Vaccination in the Punjab 1919-1929 - 1919-1929
Year: 1919
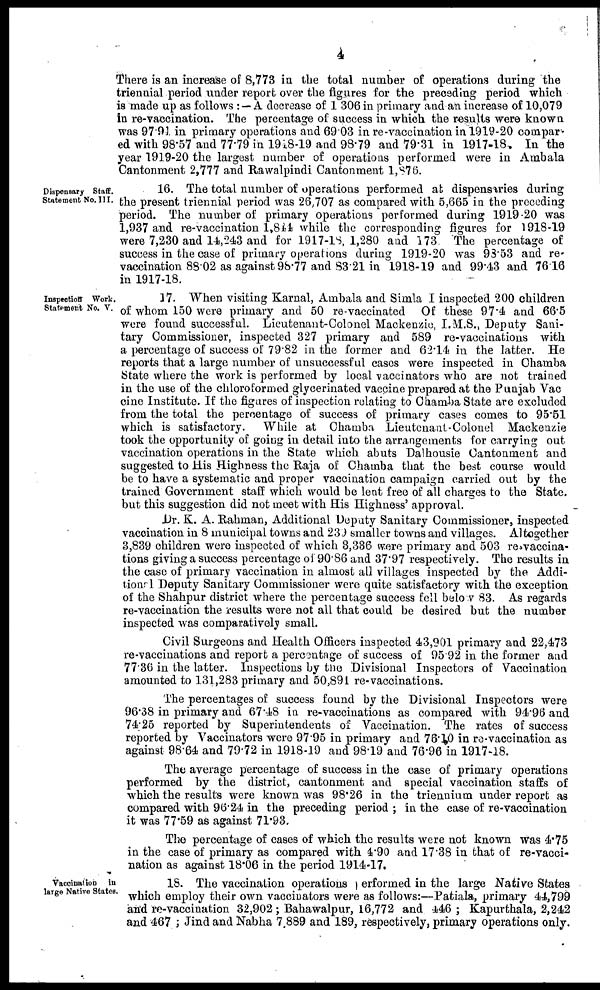
4
There is an increase of 8,773 in the total number of operations during the
triennial period under report over the figures for the preceding period which
is made up as follows : —A decrease of 1 306 in primary and an increase of 10,079
in re-vaccination. The percentage of success in which the results were known
was 97.91 in primary operations and 69 03 in re-vaccination in 1919-20 compar-
ed with 98.57 and 77.79 in 1918-19 and 98.79 and 79.31 in 1917-18. In the
year 1919-20 the largest number of operations performed were in Ambala
Cantonment 2,777 and Rawalpindi Cantonment 1,876.
Dispensary Staff,
Statement No. III.
16. The total number of operations performed at dispensaries during
the present triennial period was 26,707 as compared with 5,665 in the preceding
period. The number of primary operations performed during 1919-20 was
1,937 and re-vaccination 1,844 while the corresponding figures for 1918-19
were 7,230 and 14,243 and for 1917-1S, 1,280 and 173 The percentage of
success in the case of primary operations during 1919-20 was 93.53 and re-
vaccination 8802 as against 98.77 and 83.21 in 1918-19 and 99.43 and 76.16
in 1917-18.
Inspection Work.
Statement No. V.
17. When visiting Karnal, Ambala and Simla I inspected 200 children
of whom 150 were primary and 50 re-vaccinated Of these 97.4 and 66.5
were found successful. Lieutenant-Colonel Mackenzie, I.M.S., Deputy Sani-
tary Commissioner, inspected 327 primary and 589 re-vaccinations with
a percentage of success of 79.82 in the former and 62.14 in the latter. He
reports that a large number of unsuccessful cases were inspected in Chamba
(State where the work is performed by local vaccinators who are not trained
in the use of the chloroformed glycerinated vaccine prepared at the Punjab Vac
cine Institute. If the figures of inspection relating to Chamba State are excluded
from the total the percentage of success of primary cases comes to 95.51
which is satisfactory.
While at Chamba Lieutenant-Colonel Mackenzie
took the opportunity of going in detail into the arrangements for carrying out
vaccination operations in the State which abuts Dalhousie Cantonment and
suggested to His Highness the Raja of Chamba that the best course would
be to have a systematic and proper vaccination campaign carried out by the
trained Government staff which would be lent free of all charges to the State.
but this suggestion did not meet with His Highness' approval.
Dr. K. A. Rahman, Additional Deputy Sanitary Commissioner, inspected
vaccination in 8 municipal towns and 239 smaller towns and villages. Altogether
3,839 children were inspected of which 3,336 were primary and 503 re-vaccina-
tions giving a success percentage of 90.86 and 37.97 respectively. The results in
the case of primary vaccination in almost all villages inspected by the Addi-
tionl Deputy Sanitary Commissioner were quite satisfactory with the exception
of the Shahpur district where the percentage success fell belo v 83. As regards
re-vaccination the results were not all that could be desired but the number
inspected was comparatively small.
Civil Surgeons and Health Officers inspected 43,901 primary and 22,473
re-vaccinations and report a percentage of success of 95.92 in the former and
77'36 in the latter. Inspections by the Divisional Inspectors of Vaccination
amounted to 131,283 primary and 50,891 re-vaccinations.
The percentages of success found by the Divisional Inspectors were
96.38 in primary and 67.48 in re-vaccinations as compared with 94.96 and
74.25 reported by Superintendents of Vaccination. The rates of success
reported by Vaccinators were 97.95 in primary and 76.10 in re-vaccination as
against 98.64 and 79.72 in 1918-19 and 98.19 and 76.96 in 1917-18.
The average percentage of success in the case of primary operations
performed by the district, cantonment and special vaccination staffs of
which the results were known was 98.26 in the triennium under report as
compared with 96.24 in the preceding period ; in the case of re-vaccination
it was 77.59 as against 71.93.
The percentage of cases of which the results were not known was 4.75
in the case of primary as compared with 4.90 and 17.38 in that of re-vacci-
nation as against 18.06 in the period 1914-17.
Vaccination
in
large Native States.
18. The vaccination operations performed in the large Native States
which employ their own vaccinators were as follows:—Patiala, primary 44,799
and re-vaccination 32,902 ; Bahawalpur, 16,772 and 446 ; Kapurthala, 2,242
and 467 ; Jind and Nabha 7,889 and 189, respectively, primary operations only.